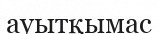
ауытқымас